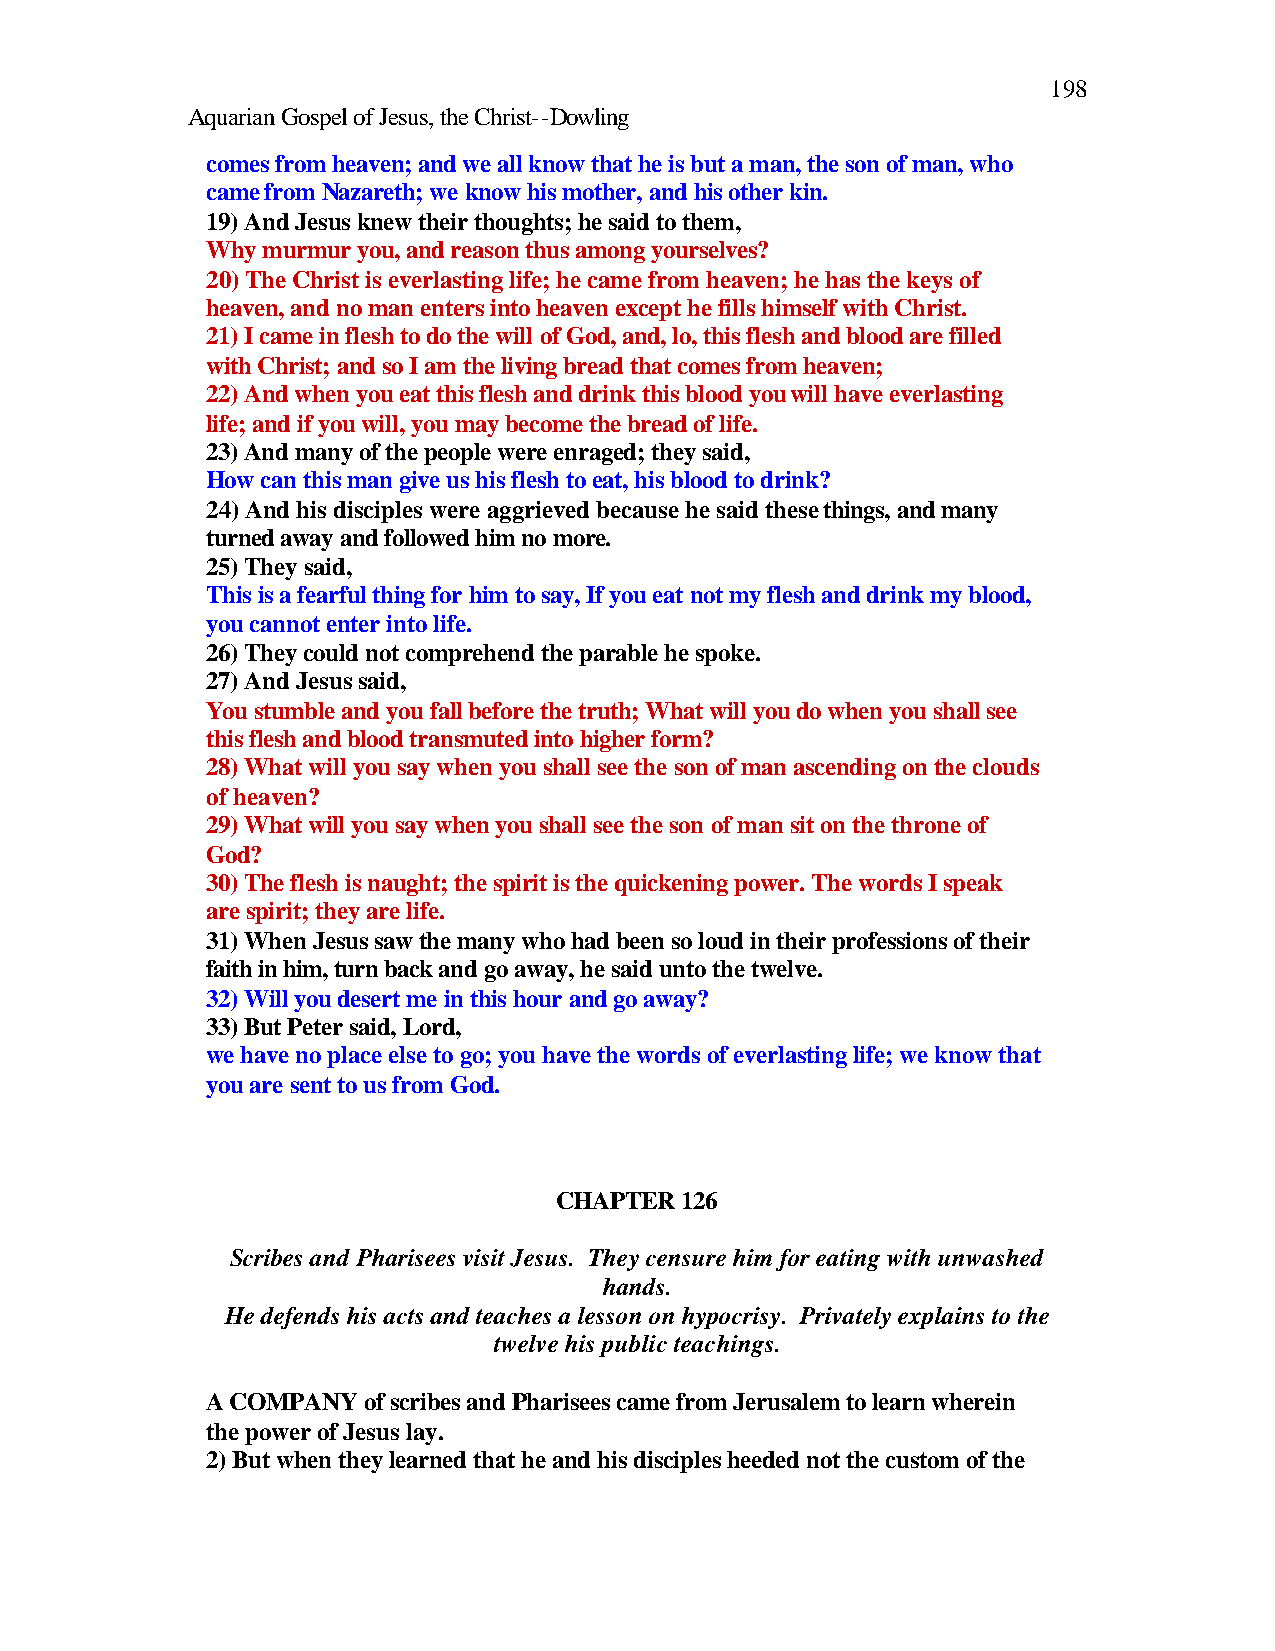
198
 Aquarian Gospel of Jesus, the Christ--Dowling
 comes from heaven; and we all know that he is but a man, the son of man, who
 came from Nazareth; we know his mother, and his other kin.
 19) And Jesus knew their thoughts; he said to them,
 Why murmur you, and reason thus among yourselves?
 20) The Christ is everlasting life; he came from heaven; he has the keys of
 heaven, and no man enters into heaven except he fills himself with Christ.
 21) I came in flesh to do the will of God, and, lo, this flesh and blood are filled
 with Christ; and so I am the living bread that comes from heaven;
 22) And when you eat this flesh and drink this blood you will have everlasting
 life; and if you will, you may become the bread of life.
 23) And many of the people were enraged; they said,
 How can this man give us his flesh to eat, his blood to drink?
 24) And his disciples were aggrieved because he said these things, and many
 turned away and followed him no more.
 25) They said,
 This is a fearful thing for him to say, If you eat not my flesh and drink my blood,
 you cannot enter into life.
 26) They could not comprehend the parable he spoke.
 27) And Jesus said,
 You stumble and you fall before the truth; What will you do when you shall see
 this flesh and blood transmuted into higher form?
 28) What will you say when you shall see the son of man ascending on the clouds
 of heaven?
 29) What will you say when you shall see the son of man sit on the throne of
 God?
 30) The flesh is naught; the spirit is the quickening power. The words I speak
 are spirit; they are life.
 31) When Jesus saw the many who had been so loud in their professions of their
 faith in him, turn back and go away, he said unto the twelve.
 32) Will you desert me in this hour and go away?
 33) But Peter said, Lord,
 we have no place else to go; you have the words of everlasting life; we know that
 you are sent to us from God.
 CHAPTER 126
 Scribes and Pharisees visit Jesus. They censure him for eating with unwashed
 hands.
 He defends his acts and teaches a lesson on hypocrisy. Privately explains to the
 twelve his public teachings.
 A COMPANY of scribes and Pharisees came from Jerusalem to learn wherein
 the power of Jesus lay.
 2) But when they learned that he and his disciples heeded not the custom of the